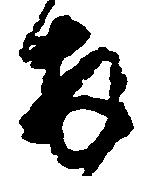
拝